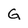
Character: G